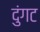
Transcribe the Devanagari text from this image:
दुंगट